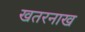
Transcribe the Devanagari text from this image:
खतरनाख